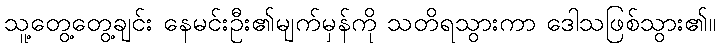
သူ့တွေ့တွေ့ချင်း နေမင်းဦး၏မျက်မှန်ကို သတိရသွားကာ ဒေါသဖြစ်သွား၏။